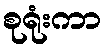
စုရုံးကာ